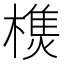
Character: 𣛑